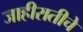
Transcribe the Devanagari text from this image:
जाहीरातीचे